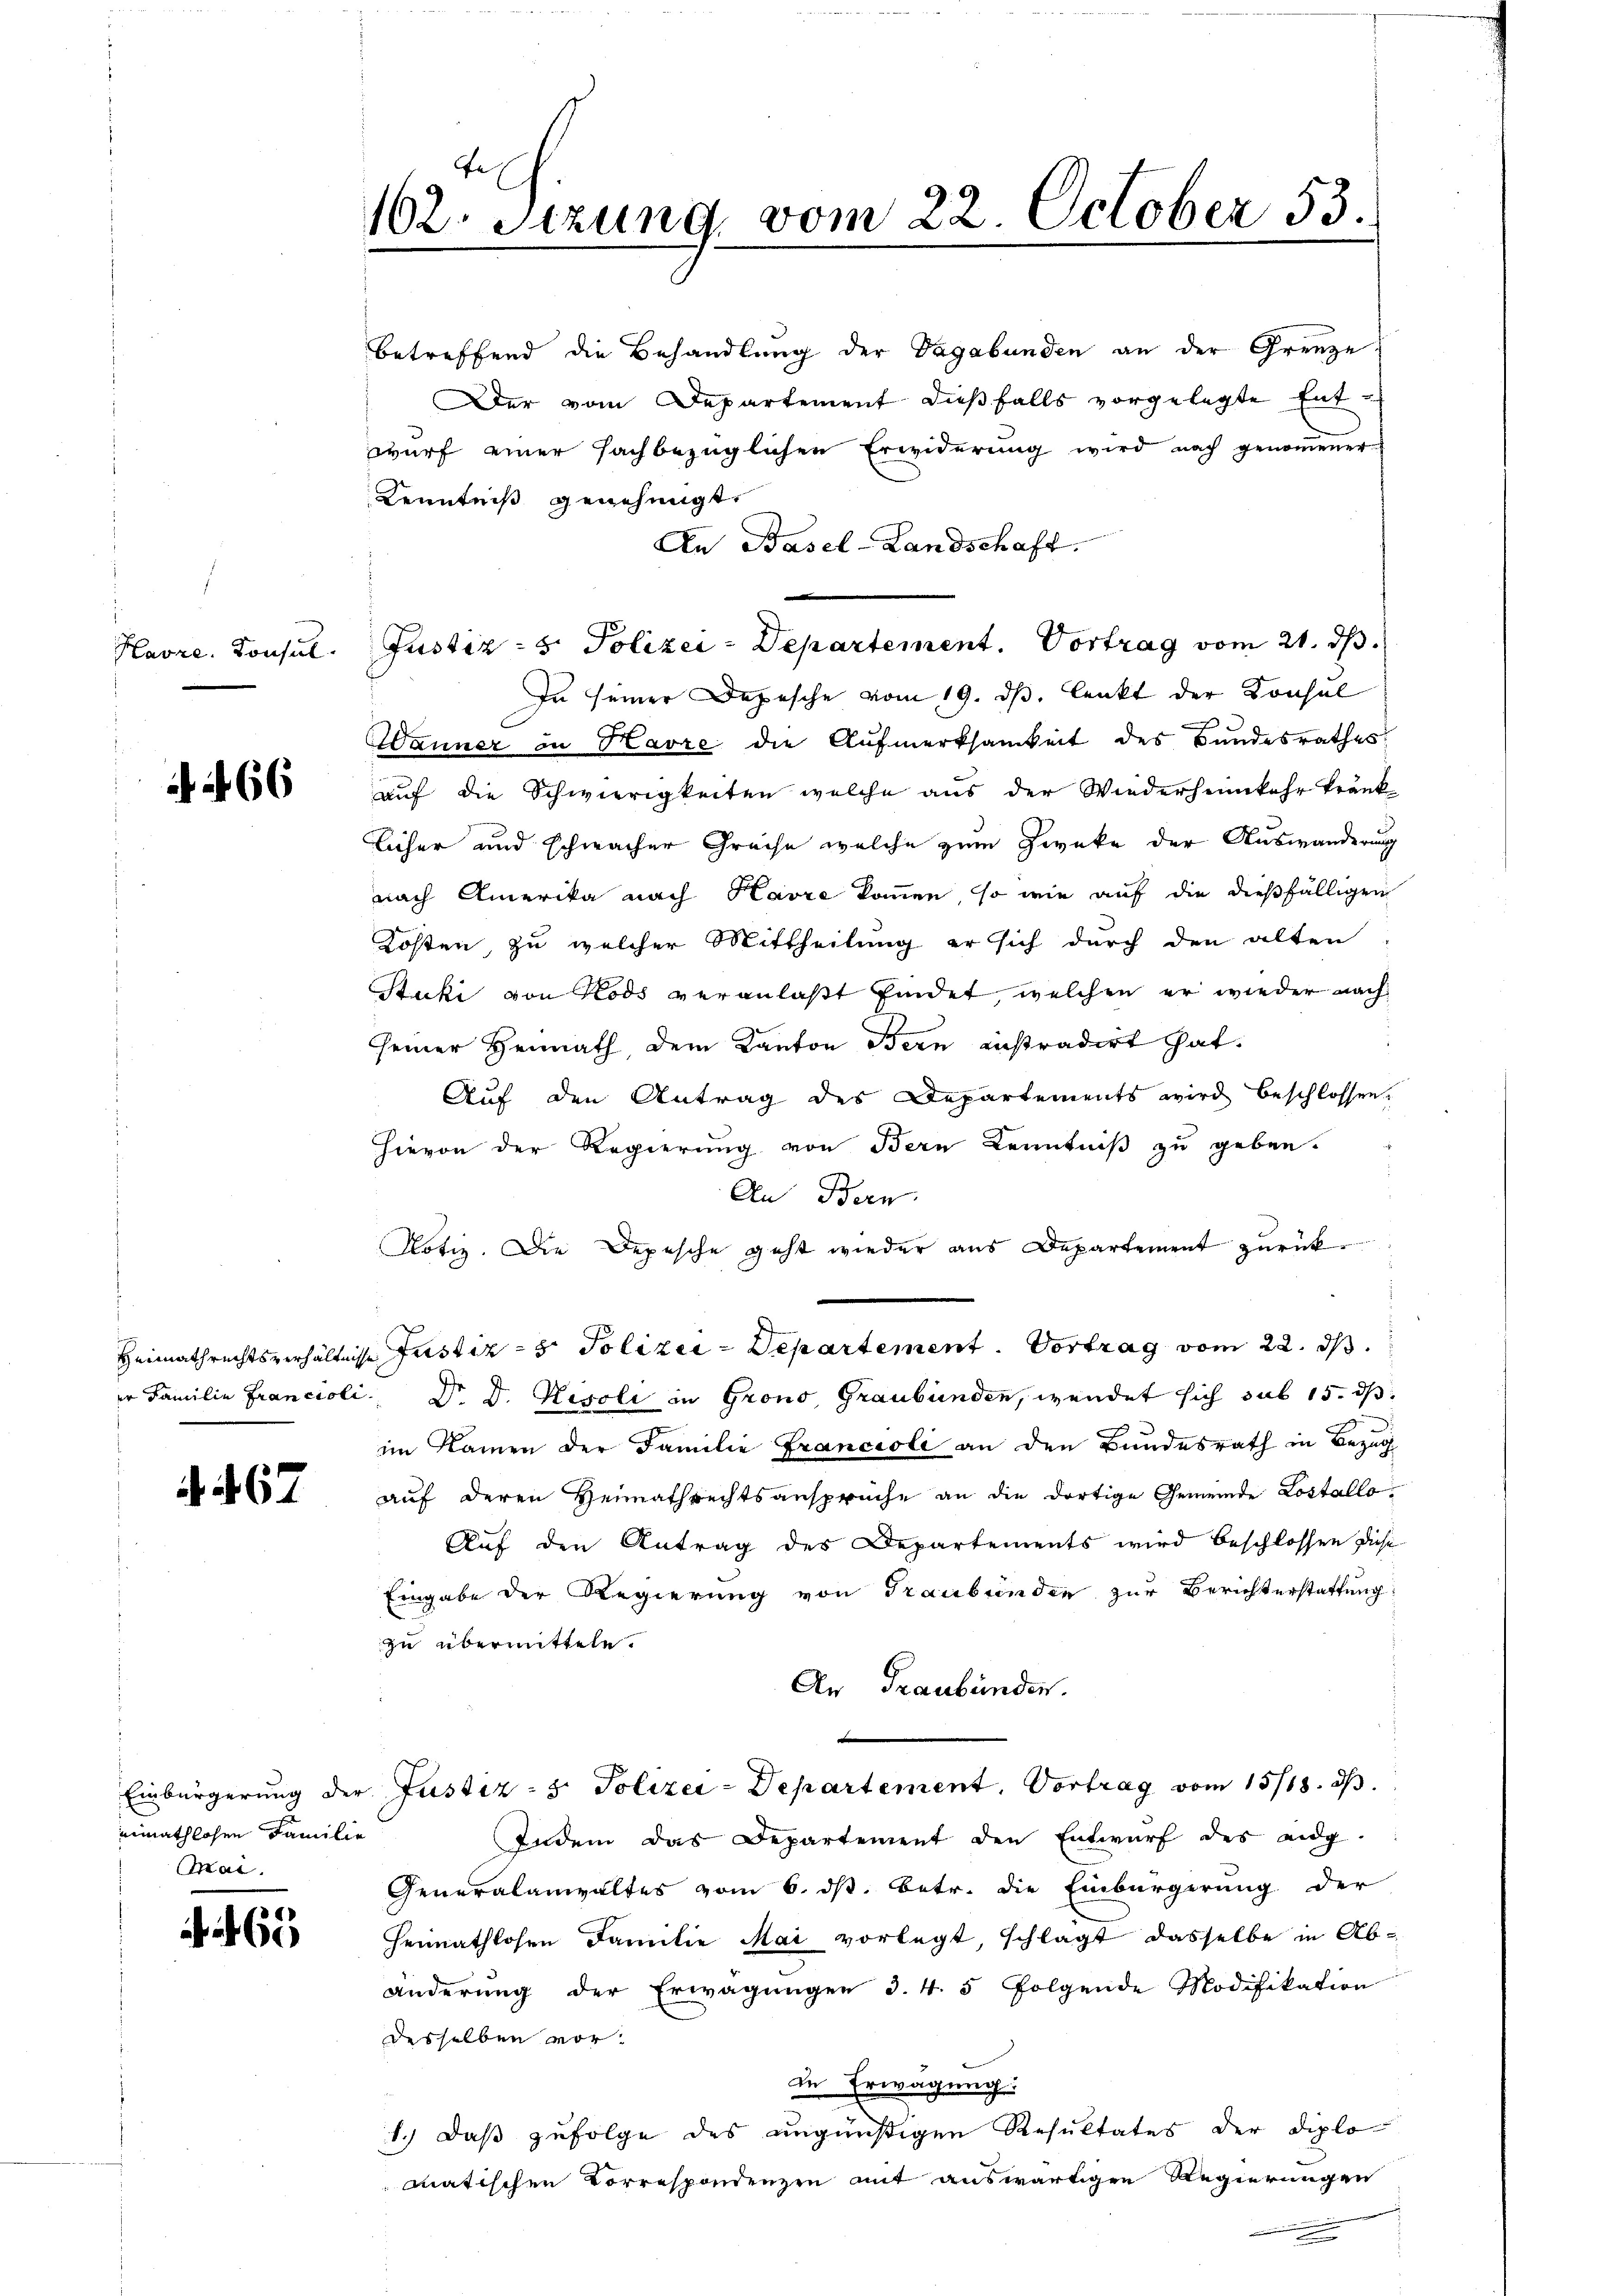
66

. 67

minathlohen Familie
Mai.

6

162. Sitzung, vom 22. October 53.

betreffend die Behandlung der Vagabunden an der Grenze
Der vom Departement dießfalls vorgelegte Entwurf einer fachbezüglichen Erwiderung wird nach genommener
Kenntniß genehmigt.
An Basel-Landschaft.
Havre Konsul. Justiz- & Polizei-Departement. Vortrag vom 21. ds.
In seiner Depesche vom 19. ds. lenkt der Konsul
Wanner in Havre die Aufmerksamkeit des Bundesrathes
auf die Schwierigkeiten welche aus der Wiederheimkehr kränk-
licher und schwacher Greise welche zum Zwecke der Auswanderung
nach Amerika nach Havre kommen, so wie auf die dießfälligen
Kosten, zu welcher Mittheilung er sich durch den alten
Stucki von Kods veranlaßt findet, welchen er wieder nach
seiner Heimath, dem Kanton Bern instradirt hat.
Auf den Antrag des Departements wird beschlossen,
Hievon der Regierung von Bern Kenntniß zu geben.
An Bern
Notiz. Die Depesche geht wieder aus Departement zurück¬
Heimathrechtsverhältnisse Justiz- & Polizei-Departement. Vortrag vom 22. ds.
er Familie Francioli Dr. D. Resoli in Grono, Graubünden, wendet sich sub 15. ds.
im Namen der Familie Francioli an den Bundesrath in Bezug
auf deren Heimathrechtsansprüche an die dortige Gemeinde Lostallo¬
Auf den Antrag des Departements wird beschlossen diese
Eingabe der Regierung von Graubünden zur Berichterstattung
zu übermitteln.
An Graubünden.
b
Einbürgerung der Justiz- & Polizei-Departement. Vortrag vom 15/18. dβ.
Indem das Departement den Entwurf des ang
Generalanwaltes vom 6. ds. betr. die Einbürgerung der
Heimathlosen Familie Mai vorlegt, schlägt dasselbe in Abänderŭng der Erwägŭngen 3. 4. 5 folgende Modifikation
desselben vor.
in Erwägung:
1.) Daß zufolge des ungünstigen Resultates der Diplo
matischen Correspondenzen mit auswärtigen Regierungen